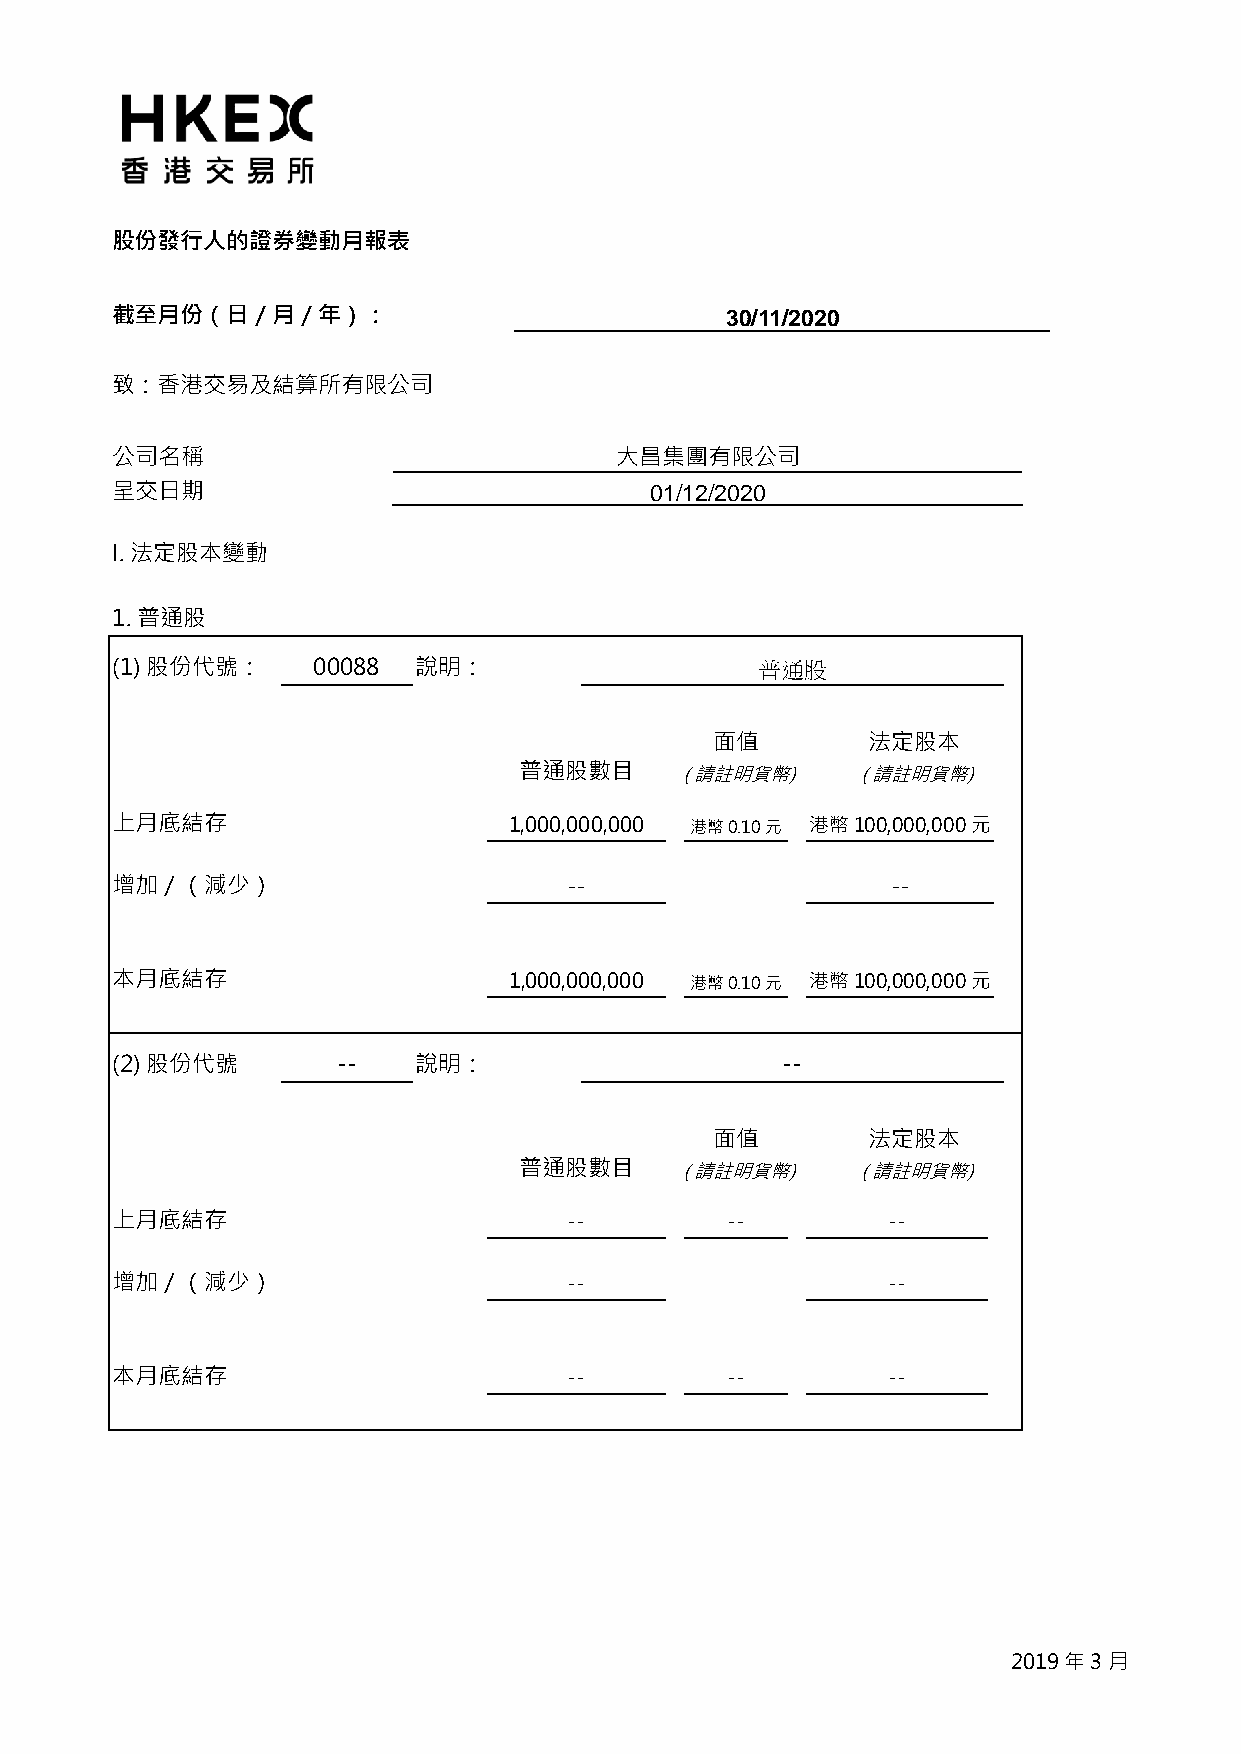
股份發行人的證券變動月報表
 截至月份（日／月／年）：                             30/11/2020
 致：香港交易及結算所有限公司
 公司名稱                              大昌集團有限公司
 呈交日期                                01/12/2020
 I. 法定股本變動
 1. 普通股
 (1) 股份代號：     00088 說明：                    普通股
 面值        法定股本
 普通股數目      （請註明貨幣)    （請註明貨幣)
 上月底結存                      1,000,000,000 港幣0.10元 港幣100,000,000元
 增加／（減少）                        --                   --
 本月底結存                      1,000,000,000 港幣0.10元 港幣100,000,000元
 (2) 股份代號       --   說明：                      --
 面值        法定股本
 普通股數目      （請註明貨幣)    （請註明貨幣)
 上月底結存                          --        --         --
 增加／（減少）                        --                   --
 本月底結存                          --        --         --
 2019年3月